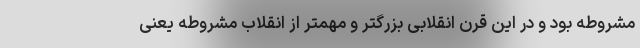
مشروطه بود و در این قرن انقلابی بزرگتر و مهمتر از انقلاب مشروطه یعنی